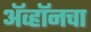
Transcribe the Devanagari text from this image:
ॲव्हॉनचा